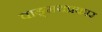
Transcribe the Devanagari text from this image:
वाङ्‌मयप्रकार